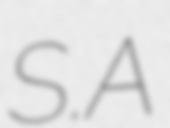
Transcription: S.A